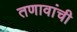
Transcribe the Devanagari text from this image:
तणावांची